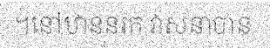
។នៅឋាននរក វាសនាបាន